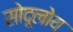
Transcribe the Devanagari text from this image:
सोदूलोय